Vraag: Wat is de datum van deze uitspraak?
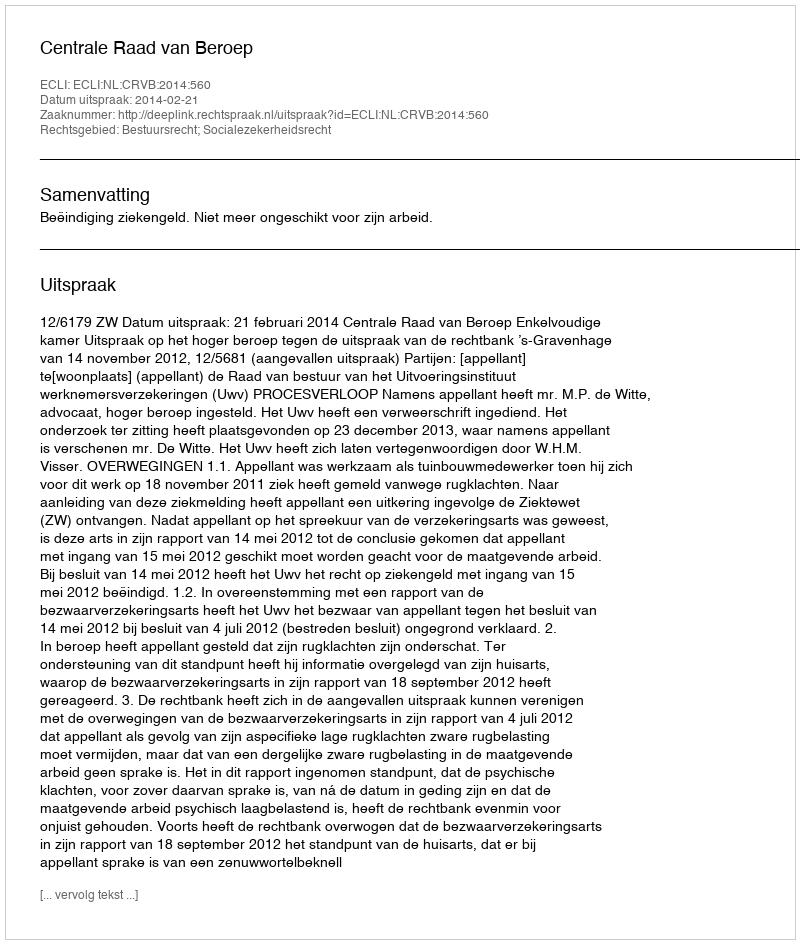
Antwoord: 2014-02-21